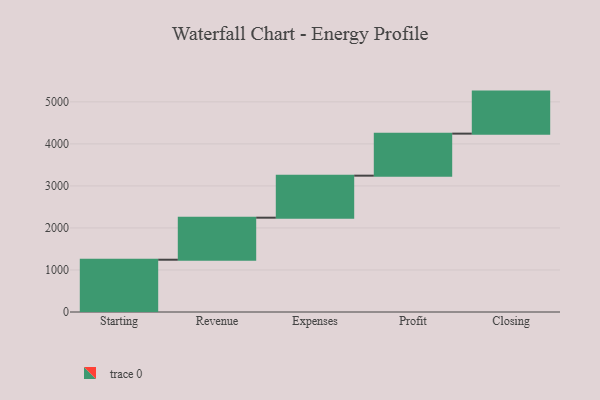
{"axis": {"x": "Step", "y": "Value"}, "legend": [""], "data": [{"x": "Starting", "y": 1244.0, "type": ""}, {"x": "Revenue", "y": 1000, "type": ""}, {"x": "Expenses", "y": 1000, "type": ""}, {"x": "Profit", "y": 1000, "type": ""}, {"x": "Closing", "y": 1000, "type": ""}]}